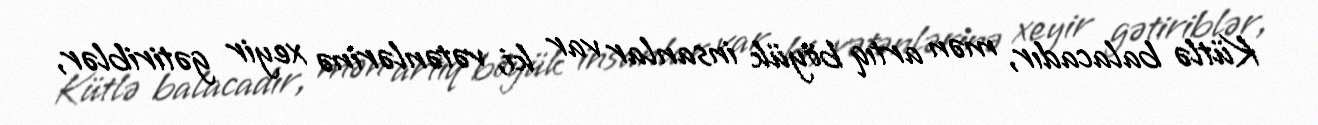
Kütlə balacadır, mən artıq böyük insanlar var ki, vətənlərinə xeyir gətiriblər,